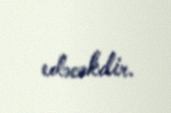
edəcəkdir.